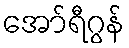
အော်ရီဂွန်